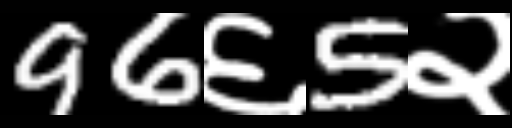
Text: 96६5२